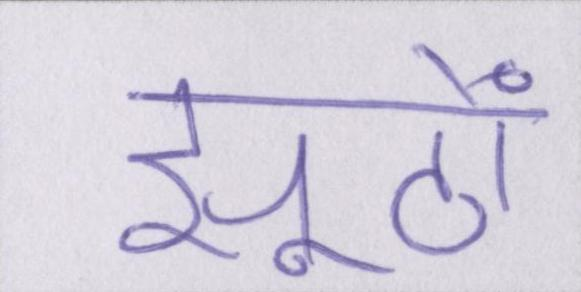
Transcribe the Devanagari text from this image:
झूठों